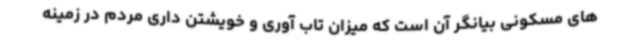
های مسکونی بیانگر آن است که میزان تاب آوری و خویشتن داری مردم در زمینه